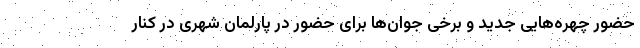
حضور چهره‌هایی جدید و برخی جوان‌ها برای حضور در پارلمان شهری در کنار